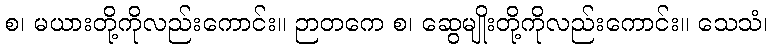
စ၊ မယားတို့ကိုလည်းကောင်း။ ဉာတကေ စ၊ ဆွေမျိုးတို့ကိုလည်းကောင်း။ သေသံ၊